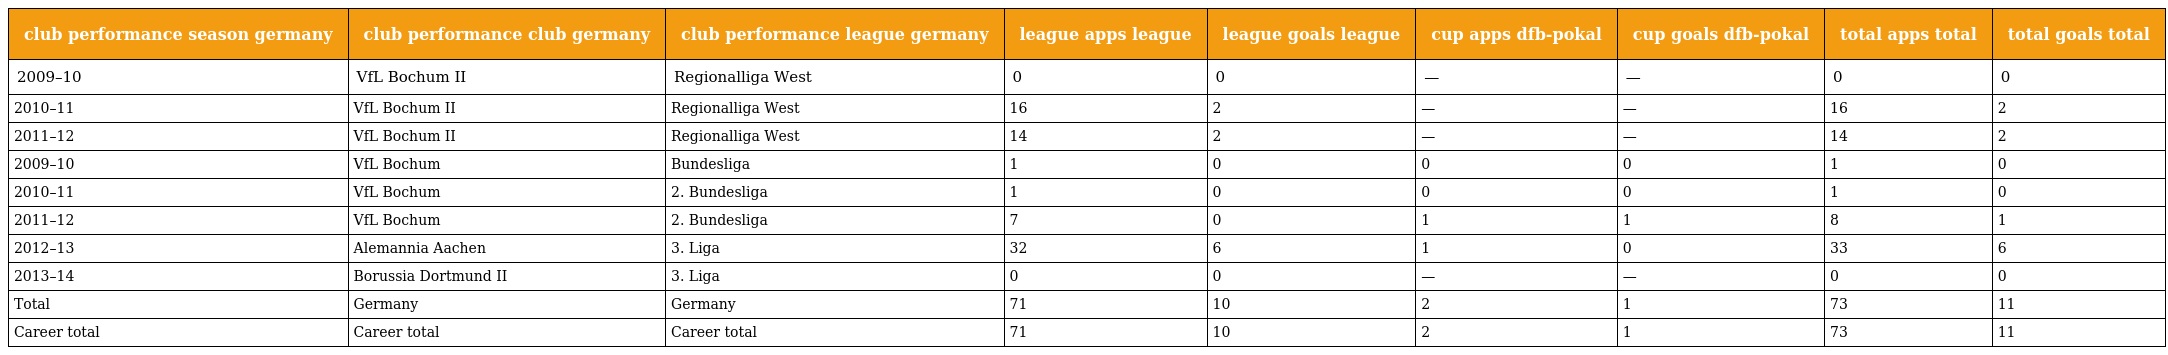
| club performance season germany | club performance club germany | club performance league germany | league apps league | league goals league | cup apps dfb-pokal | cup goals dfb-pokal | total apps total | total goals total |
 | --- | --- | --- | --- | --- | --- | --- | --- | --- |
 | 2009–10 | VfL Bochum II | Regionalliga West | 0 | 0 | — | — | 0 | 0 |
 | 2010–11 | VfL Bochum II | Regionalliga West | 16 | 2 | — | — | 16 | 2 |
 | 2011–12 | VfL Bochum II | Regionalliga West | 14 | 2 | — | — | 14 | 2 |
 | 2009–10 | VfL Bochum | Bundesliga | 1 | 0 | 0 | 0 | 1 | 0 |
 | 2010–11 | VfL Bochum | 2. Bundesliga | 1 | 0 | 0 | 0 | 1 | 0 |
 | 2011–12 | VfL Bochum | 2. Bundesliga | 7 | 0 | 1 | 1 | 8 | 1 |
 | 2012–13 | Alemannia Aachen | 3. Liga | 32 | 6 | 1 | 0 | 33 | 6 |
 | 2013–14 | Borussia Dortmund II | 3. Liga | 0 | 0 | — | — | 0 | 0 |
 | Total | Germany | Germany | 71 | 10 | 2 | 1 | 73 | 11 |
 | Career total | Career total | Career total | 71 | 10 | 2 | 1 | 73 | 11 |